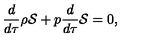
\frac { d } { d \tau } \rho { \cal S } + p \frac { d } { d \tau } { \cal S } = 0 ,